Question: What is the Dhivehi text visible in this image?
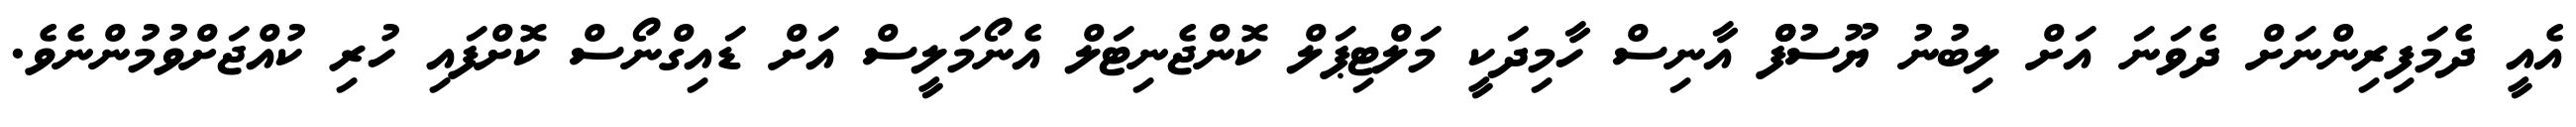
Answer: އެއީ ދެމަފިރިންނަށް ދެވަނަ އަށް ލިބުނު ޔޫސުފްް އާނިސް ހާމިދަކީ މަލްޓިޕަލް ކޮންޖެނިޓަލް އެނޯމަލީސް އަށް ޑައިގްނޯސް ކޮށްފައި ހުރި ކުއްޖަށްވުމުންނެވެ.